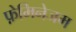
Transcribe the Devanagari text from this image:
फ़ेमिनेजम